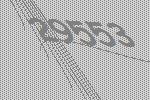
29553